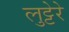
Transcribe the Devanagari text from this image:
लुट्टेरे